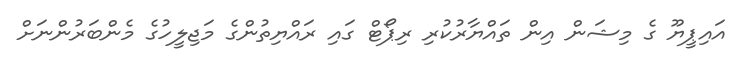
އައިޕީޔޫ ގެ މިޝަން އިން ތައްޔާރުކުރި ރިޕޯޓް ގައި ރައްޔިތުންގެ މަޖިލީހުގެ މެންބަރުންނަށް